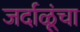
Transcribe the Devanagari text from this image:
जर्दाळूंचा